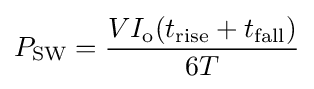
P_{\text{SW}}={\frac {VI_{\text{o}}(t_{\text{rise}}+t_{\text{fall}})}{6T}}